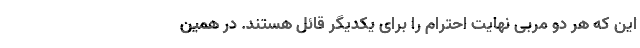
این که هر دو مربی نهایت احترام را برای یکدیگر قائل هستند. در همین